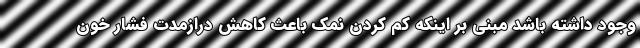
وجود داشته باشد مبنی بر اینکه کم کردن نمک باعث کاهش درازمدت فشار خون